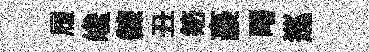
履巉鍊丑笏豪曙巡